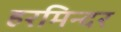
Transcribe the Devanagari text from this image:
हरमिन्दर